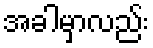
အခါမှာလည်း